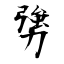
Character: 勥